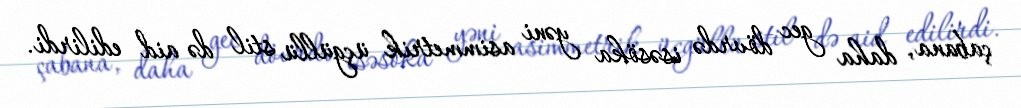
çabana, daha gec dövrdə isəsöka yəni asimmetrik üçgüllü stil də aid edilirdi.